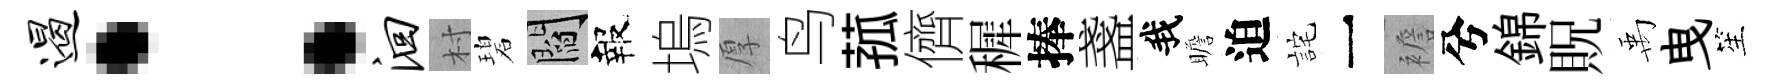
遏：洄村碧閻報塢厚鸟菰儕穉捧盞我瞻迫詫一襜兮錦貺禹曳笙